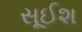
સૂઈશ